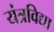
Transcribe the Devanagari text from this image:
यंत्रविद्या